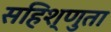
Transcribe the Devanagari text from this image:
सहिश्णुता